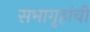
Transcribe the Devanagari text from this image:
सभागृहांची